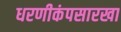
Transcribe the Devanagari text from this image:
धरणीकंपसारखा